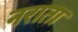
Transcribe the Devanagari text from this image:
नराता